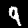
Label: 9